Source: Handwritten
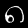
Digit: ၈ (8)